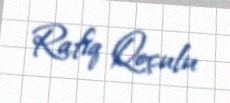
Rafiq Qoçulu